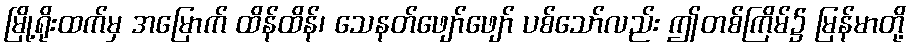
မြို့ရိုးထက်မှ အမြောက် ထိန်ထိန်၊ သေနတ်ဖျော်ဖျော် ပစ်သော်လည်း ဤတစ်ကြိမ်၌ မြန်မာတို့